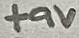
Text: +9V